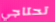
تحتاجي